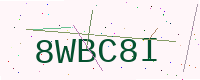
Text: 8WBC8I